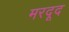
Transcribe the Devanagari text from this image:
मरदूद